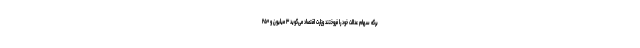
برگه‌ سهام عدالت خود را فروختند وزارت اقتصاد می‌گوید ۳ میلیون و ۲۵۰